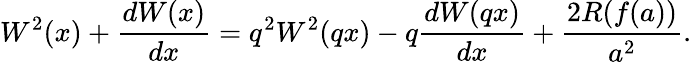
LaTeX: W^{2}(x)+\frac{dW(x)}{dx}=q^{2}W^{2}(qx)-q\frac{dW(qx)}{dx}+\frac{2R(f(a))}{a^{2}}.